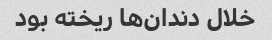
خلال دندان‌ها ریخته بود